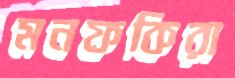
মনফকিরা